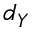
d _ { Y }